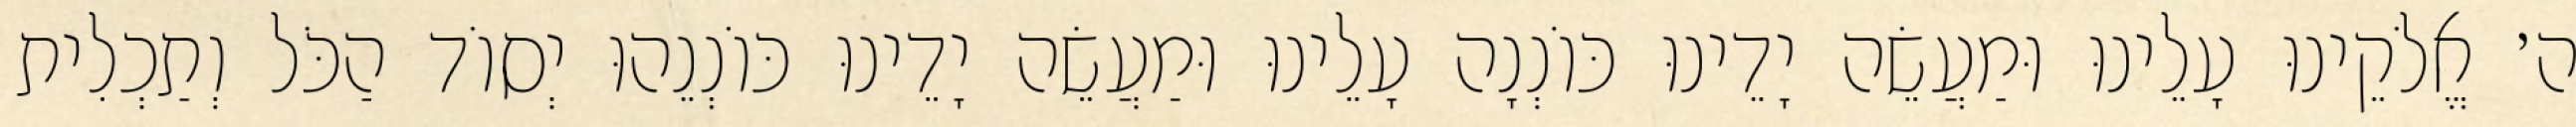
ה׳ אֱלֹקֵינוּ עָלֵינוּ וּמַעֲשֵׂה יָדֵינוּ כּוֹנְנָה עָלֵינוּ וּמַעֲשֵׂה יָדֵינוּ כּוֹנְנֵהוּ יְסוֹד הַכֹּל וְתַכְלִית